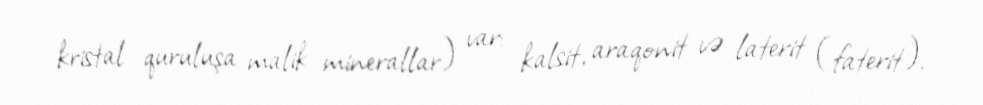
kristal quruluşa malik minerallar) var: kalsit, araqonit və laterit (faterit).